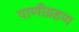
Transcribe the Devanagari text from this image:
पाणीग्रहण